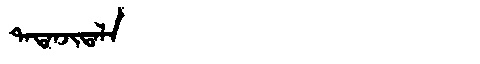
Manchu: ᡨᠠᡨᠠᠨᠵᡳᡨᠠᠯᠠ
Romanization: TATANJITALA